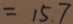
= 1 5 . 7